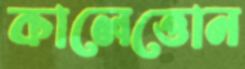
কালেত্তোন